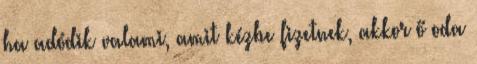
ha adódik valami, amit kézbe fizetnek, akkor ő oda